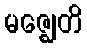
မဇ္ဈေတိ